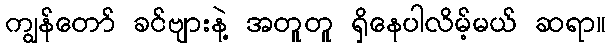
ကျွန်တော် ခင်ဗျားနဲ့ အတူတူ ရှိနေပါလိမ့်မယ် ဆရာ။